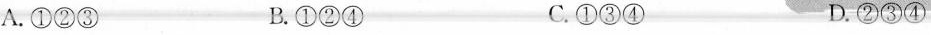
A. ①②③ B. ①②④ C. ①③④ D. ②③④